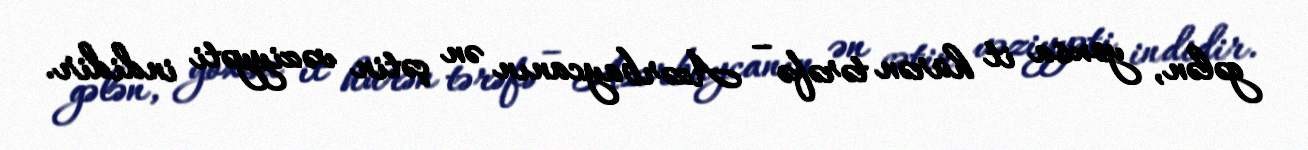
gələn, yoxsa it hürən tərəfə – Azərbaycanın ən çətin vəziyyəti indidir.